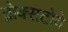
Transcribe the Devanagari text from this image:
ब्रोक्सटोवे